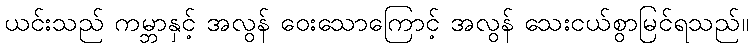
ယင်းသည် ကမ္ဘာနှင့် အလွန် ဝေးသောကြောင့် အလွန် သေးငယ်စွာမြင်ရသည်။